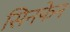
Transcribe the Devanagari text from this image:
सिनफेन